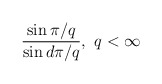
\begin{align*}\frac{\sin \pi /q}{\sin d\pi /q},\,\,q<\infty \\ \end{align*}